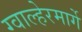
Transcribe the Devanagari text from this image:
ग्वाल्हेरमार्गे